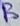
Text: B